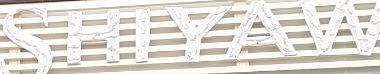
SHIYAW